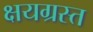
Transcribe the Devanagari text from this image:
क्षयग्रस्त